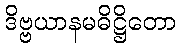
ဒိဗ္ဗယာနမဓိဋ္ဌိတော